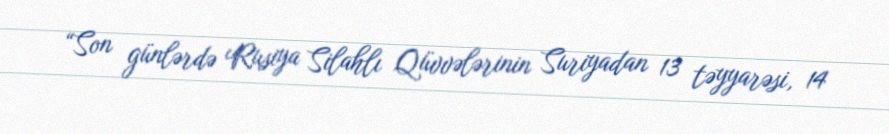
“Son günlərdə Rusiya Silahlı Qüvvələrinin Suriyadan 13 təyyarəsi, 14